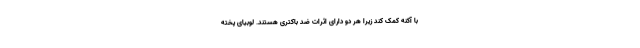
با آکنه کمک کند زیرا هر دو دارای اثرات ضد باکتری هستند. لوبیای پخته